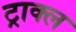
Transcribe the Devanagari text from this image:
ट्राक्ल